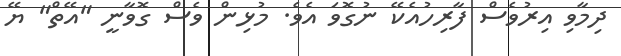
ދިމާވި އިރުވެސް ފާރިހުއެކޭ ނުގޮވަ އެވެ. މުޅިން ވެސް ގޮވާނީ "އޭތް" ޔޭ